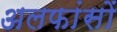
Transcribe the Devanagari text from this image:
अलफांसों